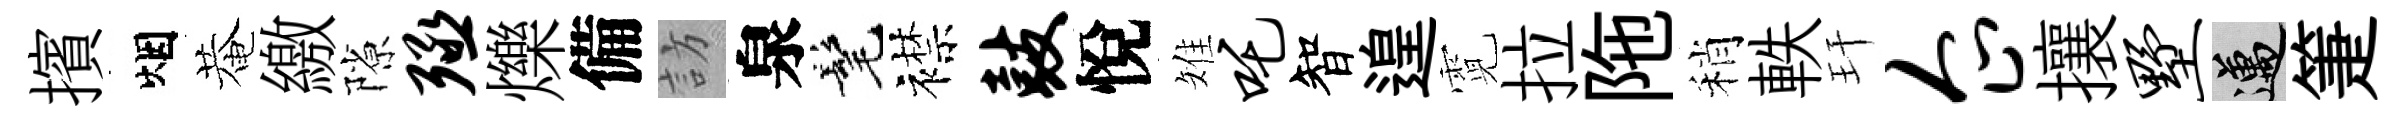
擯烟菴繳隙殛爍備訪泉髦襟鼓悅雉吒智遑霓拉陁稍軼玕企攘墅邁箑